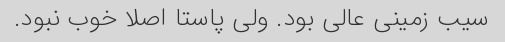
سیب زمینی عالی بود. ولی پاستا اصلا خوب نبود.